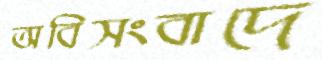
অবিসংবাদে